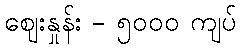
ဈေးနှုန်း - ၅၀၀၀ ကျပ်